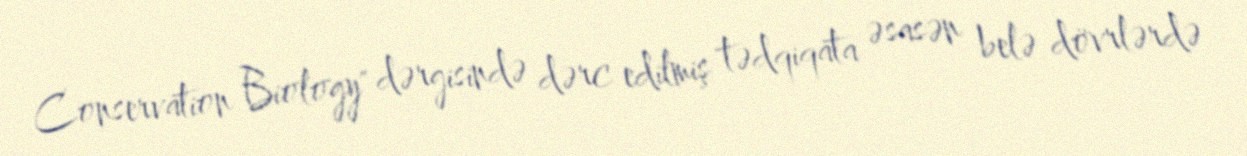
Conservation Biology" dərgisində dərc edilmiş tədqiqata əsasən belə dövrlərdə